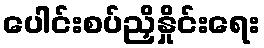
ပေါင်းစပ်ညှိနှိုင်းရေး